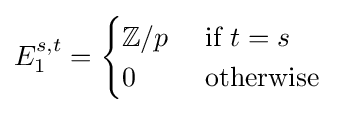
E_{1}^{s,t}={\begin{cases}\mathbb {Z} /p&{\text{ if }}t=s\\0&{\text{ otherwise }}\end{cases}}